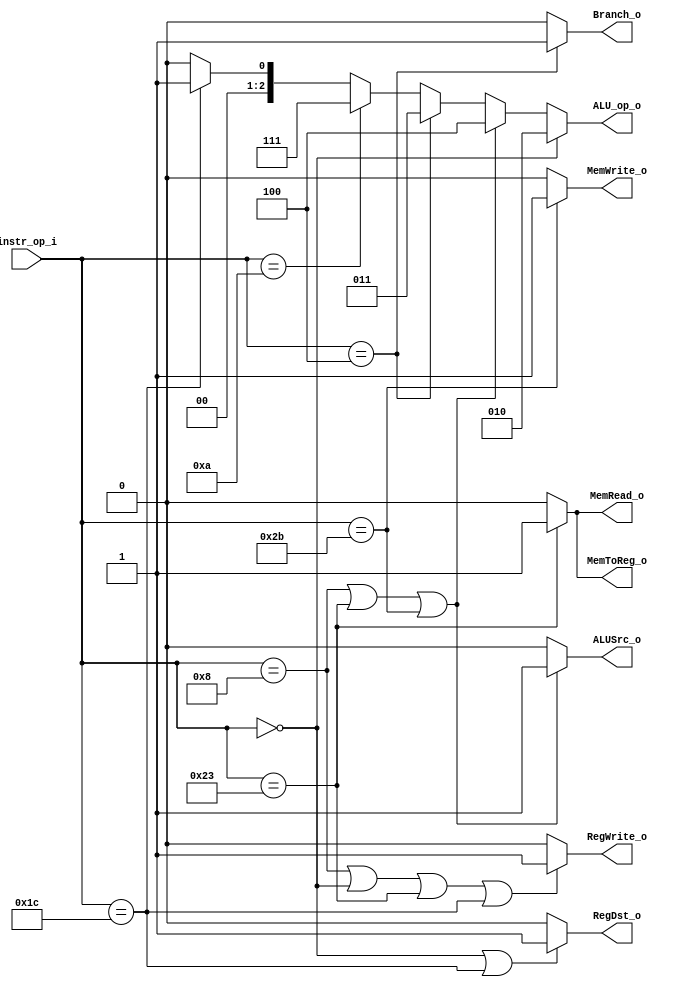
// 109550085
`timescale 1ns / 1ps
//////////////////////////////////////////////////////////////////////////////////
// Company: 
// Engineer: 
// 
// Design Name: 
// Module Name: Decoder
// Project Name: 
// Target Devices: 
// Tool Versions: 
// Description: 
// 
// Dependencies: 
// 
// Revision:
// Revision 0.01 - File Created
// Additional Comments:
// 
//////////////////////////////////////////////////////////////////////////////////


module Decoder(
    instr_op_i,
    MemToReg_o,
    MemRead_o,
    MemWrite_o,
    RegWrite_o,
    ALU_op_o,
    ALUSrc_o,
    RegDst_o,
    Branch_o
    );
    
//I/O ports
input  [6-1:0] instr_op_i;

output         MemToReg_o;
output         MemRead_o;
output         MemWrite_o;
output         RegWrite_o;
output [3-1:0] ALU_op_o;
output         ALUSrc_o;
output         RegDst_o;
output         Branch_o;
 
//Internal Signals
reg            MemRead_o;
reg            MemWrite_o;
reg            MemToReg_o;
reg    [3-1:0] ALU_op_o;
reg            ALUSrc_o;
reg            RegWrite_o;
reg            RegDst_o;
reg            Branch_o;

//Parameter
always @(*)
begin
    MemToReg_o = (instr_op_i == 6'b100011) ? 1'b1:1'b0;   // lw => 1, other => 0
    RegDst_o = (instr_op_i == 6'b000000 || instr_op_i == 6'b011100) ? 1'b1:1'b0;     // R-type mul 
    // addi, R-type, lw, mul
    RegWrite_o = ((instr_op_i == 6'b001000) || (instr_op_i == 6'b000000) || (instr_op_i == 6'b100011) || (instr_op_i == 6'b011100)) ? 1'b1:1'b0;
    Branch_o = (instr_op_i == 6'b000100) ? 1'b1:1'b0;       // beq
    ALUSrc_o = (instr_op_i == 6'b001000 || instr_op_i == 6'b100011 || instr_op_i == 6'b101011) ? 1'b1:1'b0;     // addi lw sw
    MemWrite_o = (instr_op_i == 6'b101011) ? 1'b1:1'b0;     // sw
    MemRead_o = (instr_op_i == 6'b100011) ? 1'b1:1'b0;      // lw

    
    ALU_op_o = (instr_op_i == 6'b000000) ? 3'b010:          // R-type
               (instr_op_i == 6'b001000 || instr_op_i == 6'b100011 || instr_op_i == 6'b101011) ? 3'b100:    // addi lw sw
               (instr_op_i == 6'b000100) ? 3'b011:          // beq
               (instr_op_i == 6'b001010) ? 3'b111:          // slti
               (instr_op_i == 6'b011100) ? 3'b001:3'b000;   // mul
end

//Main function

endmodule